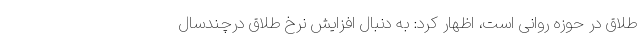
طلاق در حوزه روانی است، اظهار کرد: به دنبال افزایش نرخ طلاق درچندسال